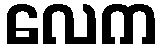
လေက